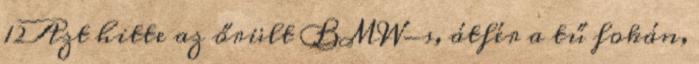
12Azt hitte az őrült BMW-s, átfér a tű fokán,